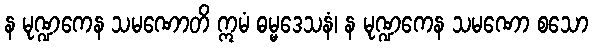
န မုဏ္ဍကေန သမဏောတိ ဣမံ ဓမ္မဒေသနံ၊ န မုဏ္ဍကေန သမဏော စသော